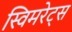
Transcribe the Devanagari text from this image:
स्विमरेट्स